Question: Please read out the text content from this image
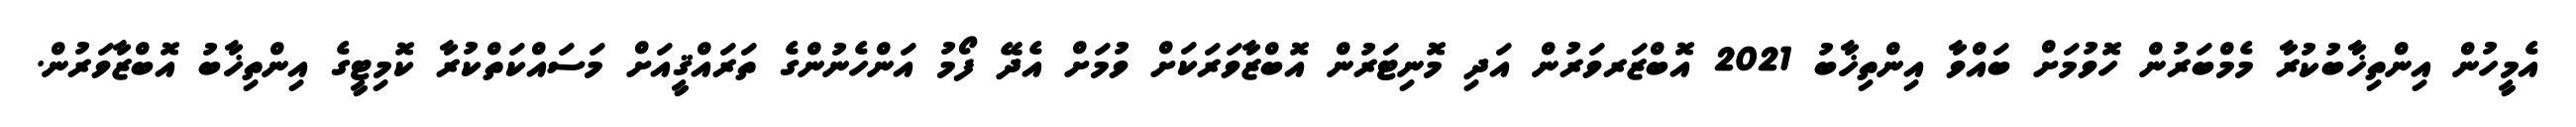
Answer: އެމީހުން އިންތިޚާބުކުރާ މެމްބަރުން ހޮވުމަށް ބައްވާ އިންތިޚާބު 2021 އޮބްޒަރވަރުން އަދި މޮނިޓަރުން އޮބްޒާވަރަކަށް ވުމަށް އެދޭ ފޯމު އަންހެނުންގެ ތަރައްޤީއަށް މަސައްކަތްކުރާ ކޮމިޓީގެ އިންތިޚާބު އޮބްޒާވަރުން.